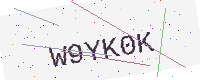
Text: W9YK0K